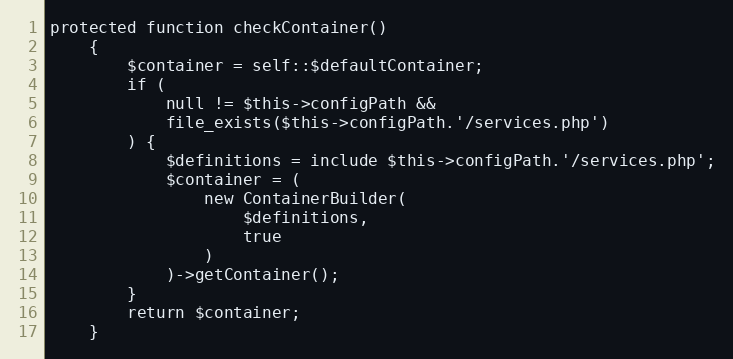
Language: PHP
protected function checkContainer()
    {
        $container = self::$defaultContainer;
        if (
            null != $this->configPath &&
            file_exists($this->configPath.'/services.php')
        ) {
            $definitions = include $this->configPath.'/services.php';
            $container = (
                new ContainerBuilder(
                    $definitions,
                    true
                )
            )->getContainer();
        }
        return $container;
    }